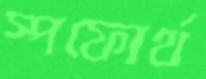
স্পফোর্থ